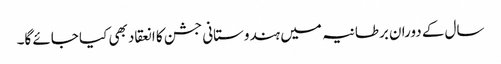
سال کے دوران برطانیہ میں ہندوستانی جشن کا انعقاد بھی کیا جائے گا۔